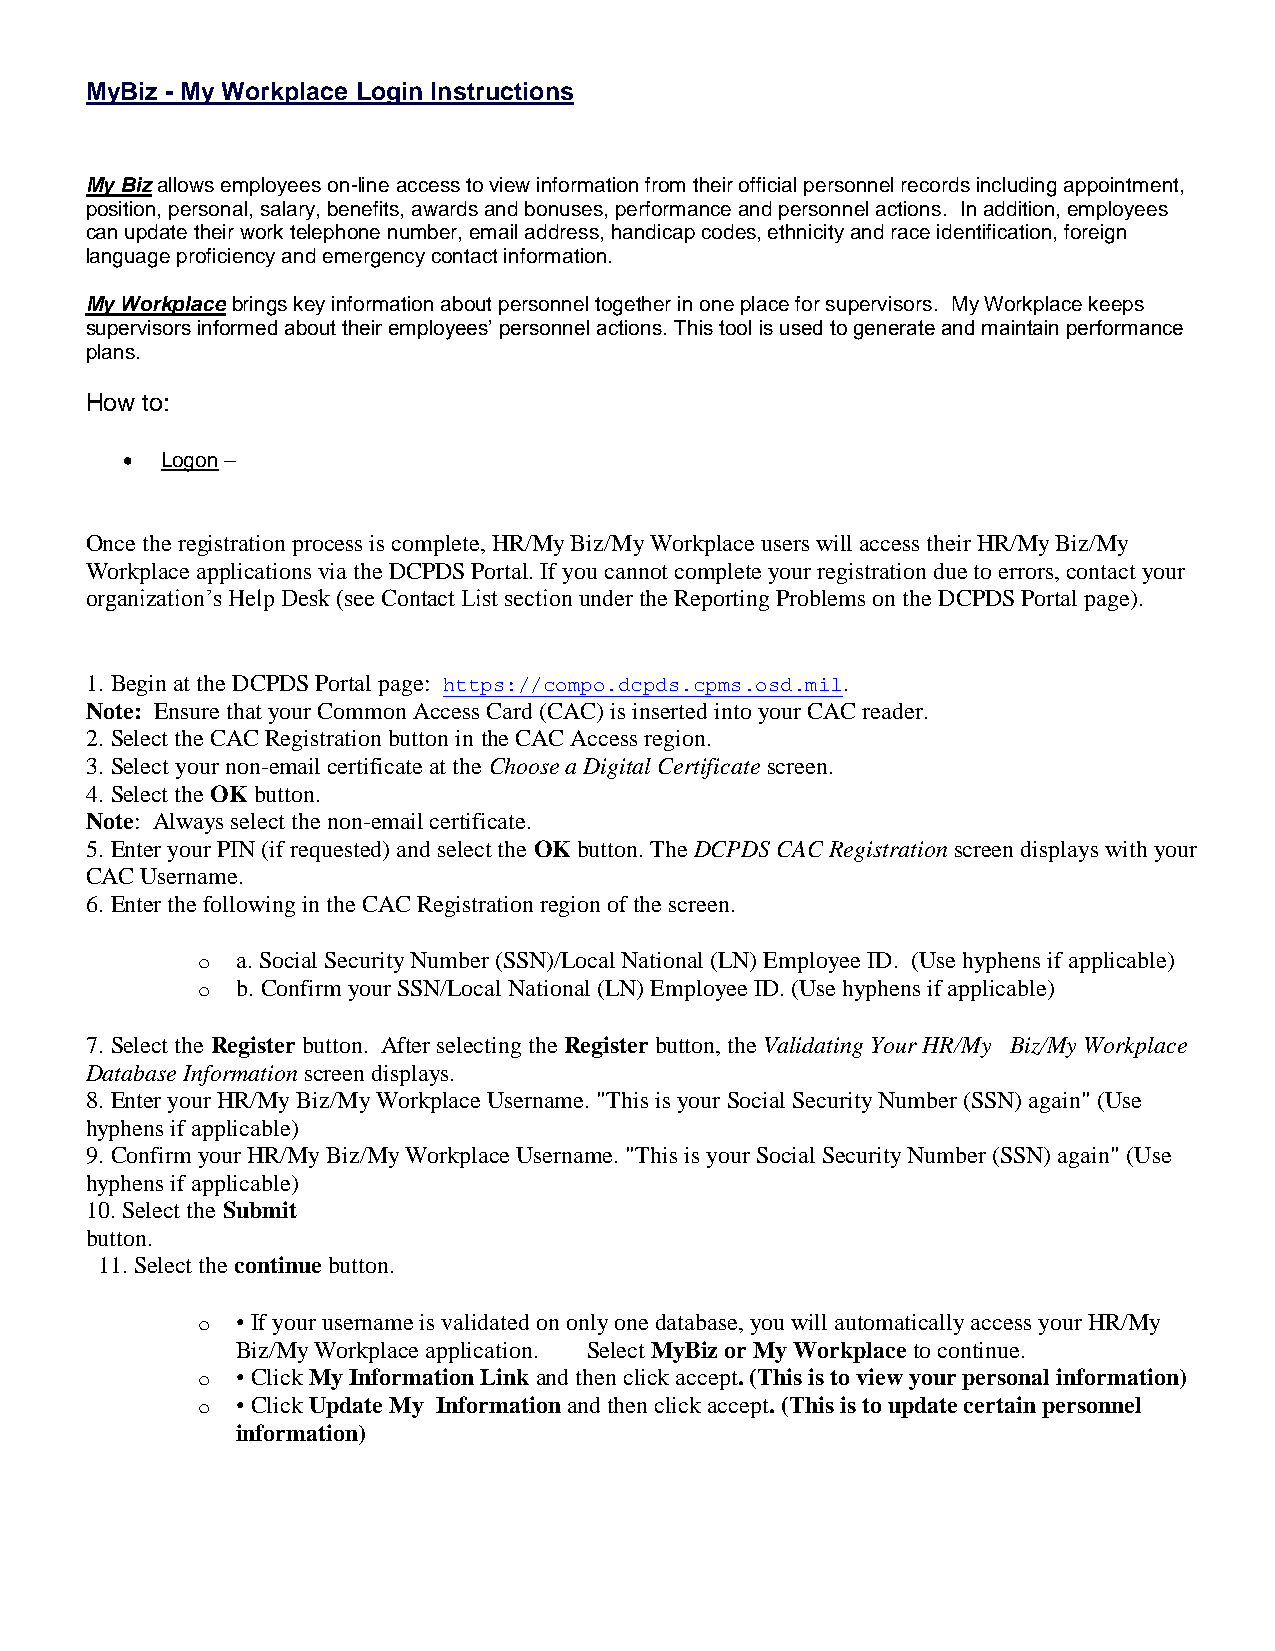
MyBiz - My Workplace Login Instructions
 My Biz allows employees on-line access to view information from their official personnel records including appointment,
 position, personal, salary, benefits, awards and bonuses, performance and personnel actions. In addition, employees
 can update their work telephone number, email address, handicap codes, ethnicity and race identification, foreign
 language proficiency and emergency contact information.
 My Workplace brings key information about personnel together in one place for supervisors. My Workplace keeps
 supervisors informed about their employees’ personnel actions. This tool is used to generate and maintain performance
 plans.
 How to:
   Logon –
 Once the registration process is complete, HR/My Biz/My Workplace users will access their HR/My Biz/My
 Workplace applications via the DCPDS Portal. If you cannot complete your registration due to errors, contact your
 organization’s Help Desk (see Contact List section under the Reporting Problems on the DCPDS Portal page).
 1. Begin at the DCPDS Portal page: https://compo.dcpds.cpms.osd.mil.
 Note: Ensure that your Common Access Card (CAC) is inserted into your CAC reader.
 2. Select the CAC Registration button in the CAC Access region.
 3. Select your non-email certificate at the Choose a Digital Certificate screen.
 4. Select the OK button.
 Note: Always select the non-email certificate.
 5. Enter your PIN (if requested) and select the OK button. The DCPDS CAC Registration screen displays with your
 CAC Username.
 6. Enter the following in the CAC Registration region of the screen.
 o  a. Social Security Number (SSN)/Local National (LN) Employee ID. (Use hyphens if applicable)
 o  b. Confirm your SSN/Local National (LN) Employee ID. (Use hyphens if applicable)
 7. Select the Register button. After selecting the Register button, the Validating Your HR/My Biz/My Workplace
 Database Information screen displays.
 8. Enter your HR/My Biz/My Workplace Username. "This is your Social Security Number (SSN) again" (Use
 hyphens if applicable)
 9. Confirm your HR/My Biz/My Workplace Username. "This is your Social Security Number (SSN) again" (Use
 hyphens if applicable)
 10. Select the Submit
 button.
 11. Select the continue button.
 o  • If your username is validated on only one database, you will automatically access your HR/My
 Biz/My Workplace application. Select MyBiz or My Workplace to continue.
 o  • Click My Information Link and then click accept. (This is to view your personal information)
 o  • Click Update My Information and then click accept. (This is to update certain personnel
 information)